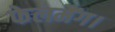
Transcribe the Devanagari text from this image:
फेलमैंग।